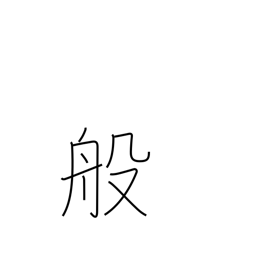
Meaning: carry